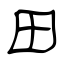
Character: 田